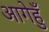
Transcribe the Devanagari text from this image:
आगेहुँ